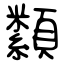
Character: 纇